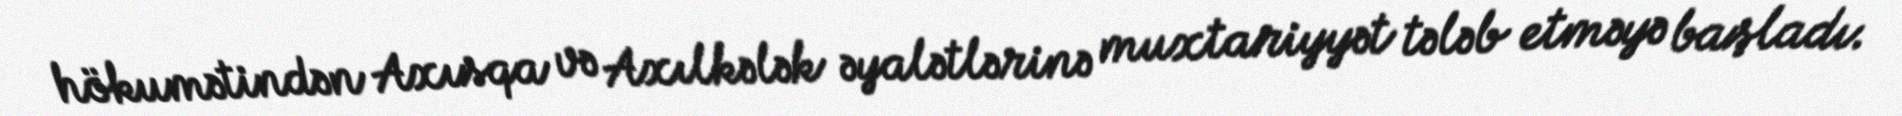
hökumətindən Axısqa və Axılkələk əyalətlərinə muxtariyyət tələb etməyə başladı.